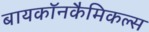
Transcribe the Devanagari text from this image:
बायकॉनकैमिकल्स